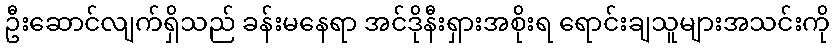
ဦးဆောင်လျက်ရှိသည် ခန်းမနေရာ အင်ဒိုနီးရှားအစိုးရ ရောင်းချသူများအသင်းကို